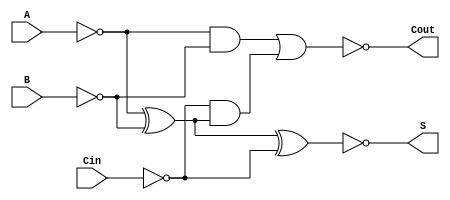
module NegativeCircuitFullAdder (
    input wire A,    // First binary input
    input wire B,    // Second binary input
    input wire Cin,  // Carry-in input
    output wire S,   // Sum output
    output wire Cout  // Carry-out output
);

// Inverted inputs
wire A_inv = ~A;
wire B_inv = ~B;
wire Cin_inv = ~Cin;

// Intermediate signals for sum and carry-out
wire sum_temp;
wire carry_temp1, carry_temp2;

// Calculate the sum output in negative logic
assign sum_temp = A_inv ^ B_inv ^ Cin_inv;  // S' = A'  B'  Cin'
assign S = ~sum_temp;                        // S = (S')'

// Calculate the carry-out output in negative logic
assign carry_temp1 = A_inv & B_inv;                   // A'  B'
assign carry_temp2 = Cin_inv & (A_inv ^ B_inv);       // Cin'  (A'  B')
assign Cout = ~(carry_temp1 | carry_temp2);           // Cout = (Cout')'

// Note: The final outputs S and Cout are inverted to represent negative logic

endmodule